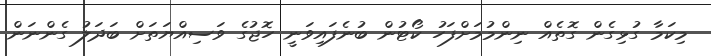
މިކަމާ ގުޅިގެން ގޮތެއް ނިންމުމަށްފަހު ކޯޓުން ބުނެފައިވަނީ ހޮޖުގެ ވަސިއްޔަތަށް ބަދަލު ގެންނަން